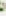
الم